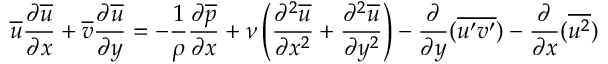
{ \overline { { u } } } { \frac { \partial { \overline { { u } } } } { \partial x } } + { \overline { { v } } } { \frac { \partial { \overline { { u } } } } { \partial y } } = - { \frac { 1 } { \rho } } { \frac { \partial { \overline { { p } } } } { \partial x } } + \nu \left( { \frac { \partial ^ { 2 } { \overline { { u } } } } { \partial x ^ { 2 } } } + { \frac { \partial ^ { 2 } { \overline { { u } } } } { \partial y ^ { 2 } } } \right) - { \frac { \partial } { \partial y } } ( { \overline { { u ^ { \prime } v ^ { \prime } } } } ) - { \frac { \partial } { \partial x } } ( { \overline { { u ^ { 2 } } } } )